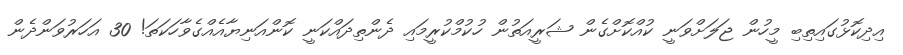
އިދިކޮޅުގައިތިބި މީހުން ޖަލަށްވަނީ ކުއްކޮށްގެން ޝަރީއަތުން ހުކުމްކުރީމައި ދެންތިދައްކަނީ ކޮންއަނިޔާއެއްގެވާހަކަތަ! 30 އަހަރުވަންދެން